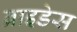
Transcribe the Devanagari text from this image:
ब्राइडेस